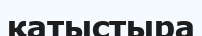
қатыстыра